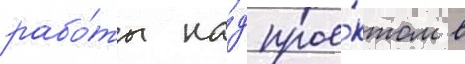
рабо́ты на́д прое́ктом в